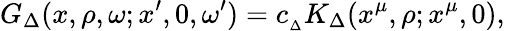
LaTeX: {G_{\Delta}(x,\rho,\omega;x^{\prime},0,\omega^{\prime})=c_{_{\Delta}}K_{\Delta}(x^{\mu},\rho;x^{\mu},0),}